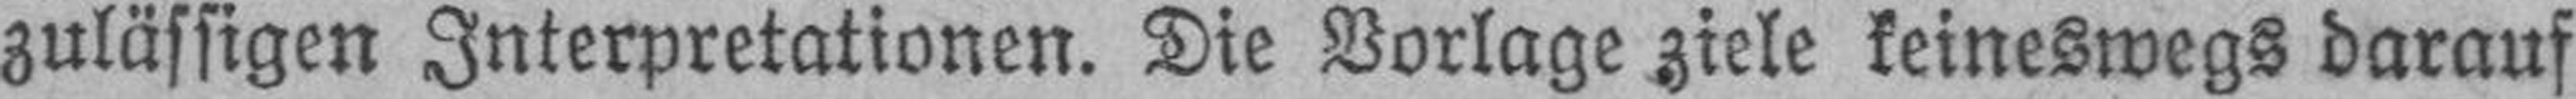
zulässigen Interpretationen. Die Vorlage ziele keineswegs darauf